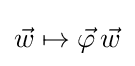
{\vec {w}}\mapsto {\vec {\varphi }}\,{\vec {w}}